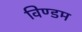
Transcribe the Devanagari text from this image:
विण्डम